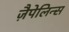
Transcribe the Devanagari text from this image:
ज़ैपेलिन्स